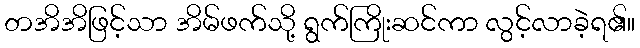
တအိအိဖြင့်သာ အိမ်ဖက်သို့ ရွက်ကြိုးဆင်ကာ လွင့်လာခဲ့ရ၏။